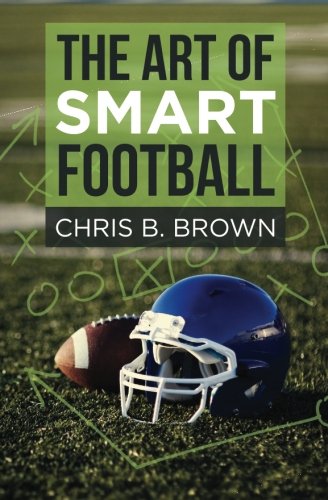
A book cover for The Art of Smart Football; Chris B. Brown; Biographies & Memoirs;